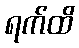
ရက်ထိ